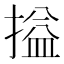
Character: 搤